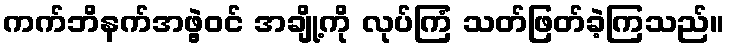
ကက်ဘိနက်အဖွဲ့ဝင် အချို့ကို လုပ်ကြံ သတ်ဖြတ်ခဲ့ကြသည်။